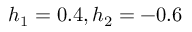
h _ { 1 } = 0 . 4 , h _ { 2 } = - 0 . 6